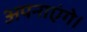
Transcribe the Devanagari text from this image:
अपनाएंगे।